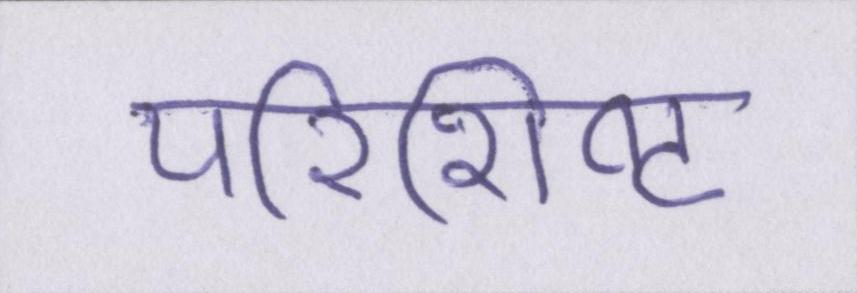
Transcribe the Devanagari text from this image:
परिशिष्ट